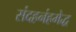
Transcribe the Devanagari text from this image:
संदहनंहमेद्ध